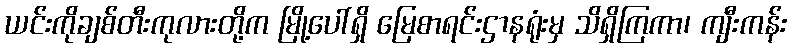
ယင်းကိုချစ်တီးကုလားတို့က မြို့ပေါ်ရှိ မြေစာရင်းဌာနရုံးမှ သိရှိကြကာ၊ ကျီးကန်း